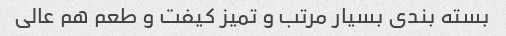
بسته بندی بسیار مرتب و تمیز کیفت و طعم هم عالی